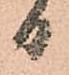
日